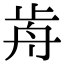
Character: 歬